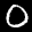
Label: 0